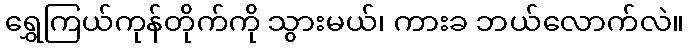
ရွှေကြယ်ကုန်တိုက်ကို သွားမယ်၊ ကားခ ဘယ်လောက်လဲ။